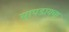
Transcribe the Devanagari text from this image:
सापडायचा